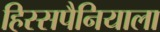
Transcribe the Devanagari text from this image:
हिस्सपैनियाला